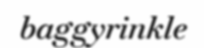
baggyrinkle